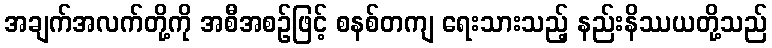
အချက်အလက်တို့ကို အစီအစဉ်ဖြင့် စနစ်တကျ ရေးသားသည့် နည်းနိဿယတို့သည်